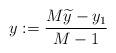
LaTeX: \begin{align*}y:=\frac{M\widetilde{y}-y_1}{M-1}\end{align*}